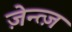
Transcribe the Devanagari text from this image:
ज़ेन्त्ज़